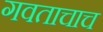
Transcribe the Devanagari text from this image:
गवताचाच